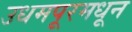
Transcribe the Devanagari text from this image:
उधमपूरमधून